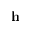
\mathbf { h }